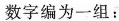
数字编为一组：